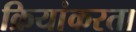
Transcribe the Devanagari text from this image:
क्रियांकरता